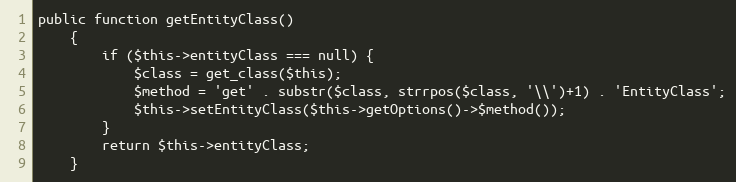
Language: PHP
public function getEntityClass()
    {
        if ($this->entityClass === null) {
            $class = get_class($this);
            $method = 'get' . substr($class, strrpos($class, '\\')+1) . 'EntityClass';
            $this->setEntityClass($this->getOptions()->$method());
        }
        return $this->entityClass;
    }